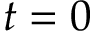
t = 0